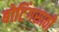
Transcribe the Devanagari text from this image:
बोटिंगसाठी